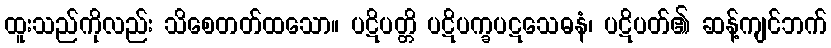
ထူးသည်ကိုလည်း သိစေတတ်ထသော။ ပဋိပတ္တိ ပဋိပက္ခပဋသေဓနံ၊ ပဋိပတ်၏ ဆန့်ကျင်ဘက်